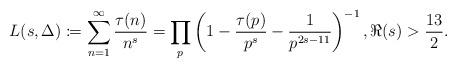
LaTeX: \begin{align*}L(s, \Delta) \coloneqq \sum_{n = 1}^{\infty} \frac{\tau(n)}{n^{s}} = \prod_{p} \left(1-\frac{\tau(p)}{p^{s}}-\frac{1}{p^{2s-11}} \right)^{-1}, \Re(s) > \frac{13}{2}.\end{align*}